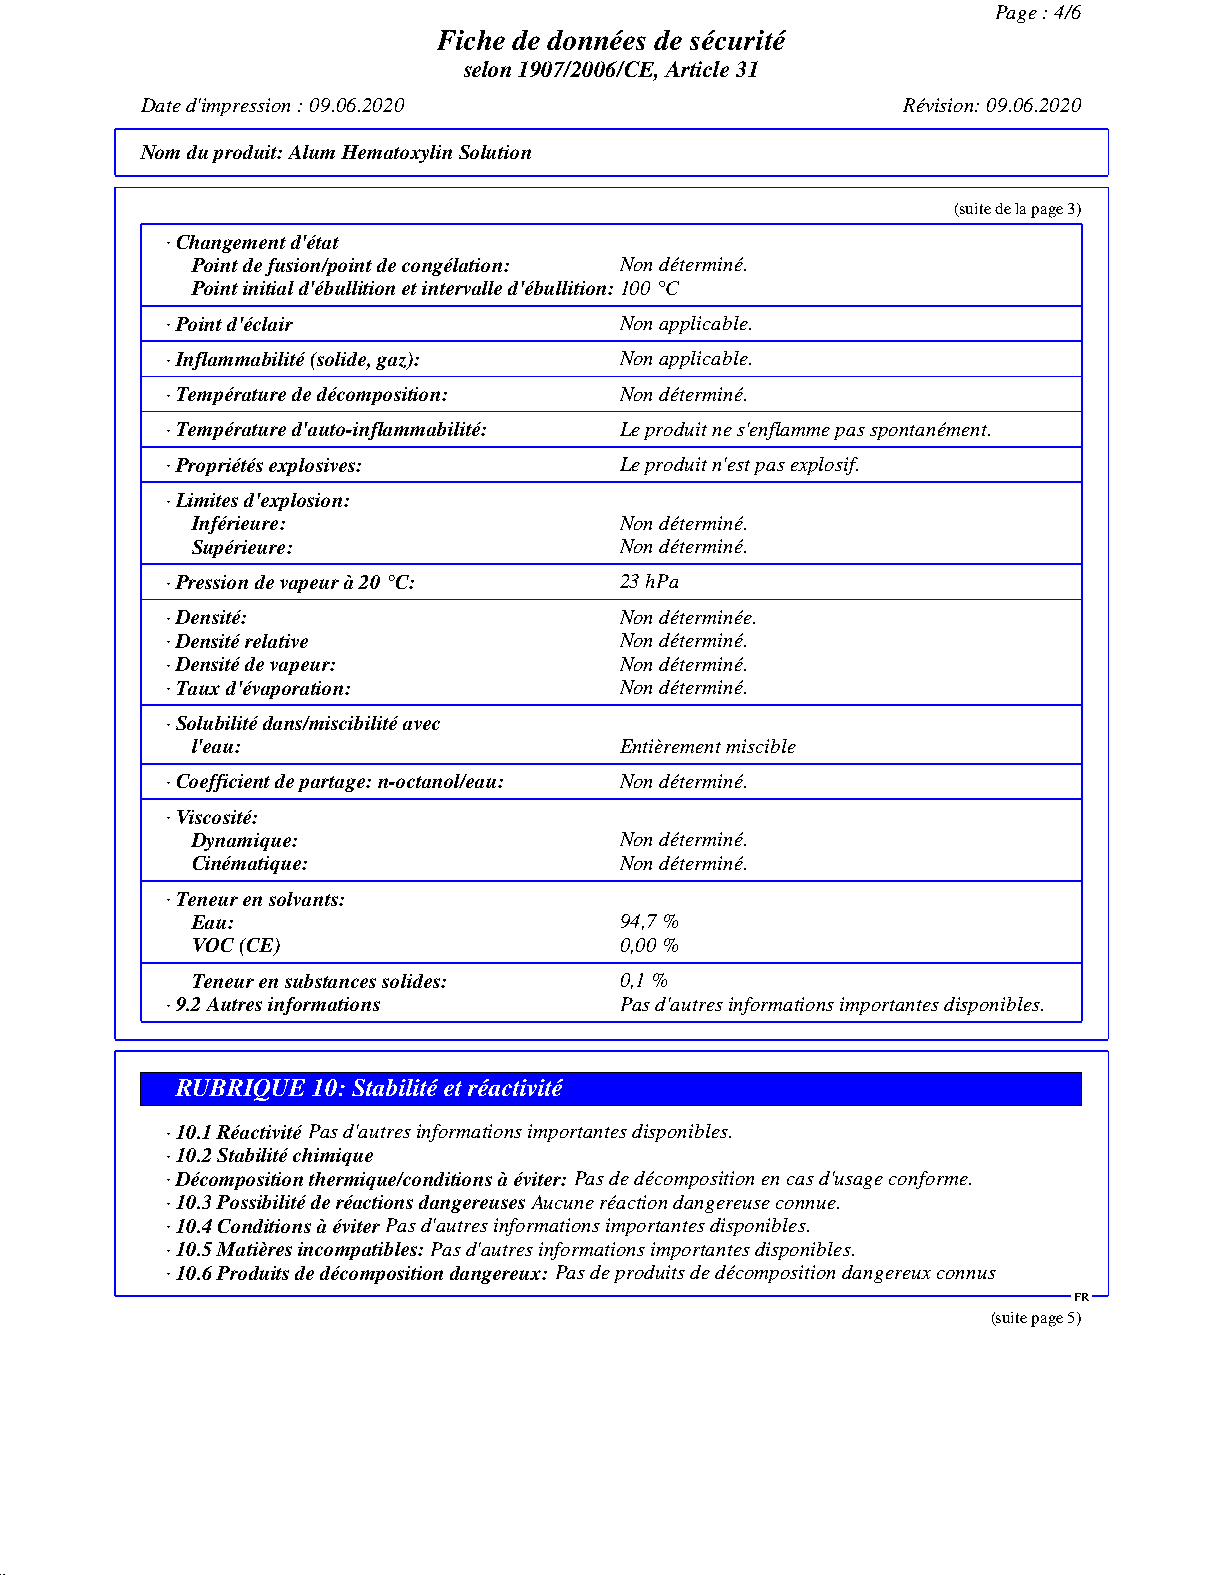
Page : 4/6
 Fiche de données de sécurité
 selon 1907/2006/CE, Article 31
 Date d'impression : 09.06.2020                     Révision: 09.06.2020
 Nom du produit:Alum Hematoxylin Solution
 (suite de la page 3)
 · Changement d'état
 Point de fusion/point de congélation: Non déterminé.
 Point initial d'ébullition et intervalle d'ébullition:100 °C
 · Point d'éclair              Non applicable.
 · Inflammabilité (solide, gaz): Non applicable.
 · Température de décomposition: Non déterminé.
 · Température d'auto-inflammabilité: Le produit ne s'enflamme pas spontanément.
 · Propriétés explosives:      Le produit n'est pas explosif.
 · Limites d'explosion:
 Inférieure:                 Non déterminé.
 Supérieure:                 Non déterminé.
 · Pression de vapeur à 20 °C: 23 hPa
 · Densité:                    Non déterminée.
 · Densité relative            Non déterminé.
 · Densité de vapeur:          Non déterminé.
 · Taux d'évaporation:         Non déterminé.
 · Solubilité dans/miscibilité avec
 l'eau:                      Entièrement miscible
 · Coefficient de partage: n-octanol/eau: Non déterminé.
 · Viscosité:
 Dynamique:                  Non déterminé.
 Cinématique:                Non déterminé.
 · Teneur en solvants:
 Eau:                        94,7 %
 VOC (CE)                    0,00 %
 Teneur en substances solides: 0,1 %
 · 9.2 Autres informations     Pas d'autres informations importantes disponibles.
 RUBRIQUE 10: Stabilité et réactivité
 · 10.1 RéactivitéPas d'autres informations importantes disponibles.
 · 10.2 Stabilité chimique
 · Décomposition thermique/conditions à éviter:Pas de décomposition en cas d'usage conforme.
 · 10.3 Possibilité de réactions dangereusesAucune réaction dangereuse connue.
 · 10.4 Conditions à éviterPas d'autres informations importantes disponibles.
 · 10.5 Matières incompatibles:Pas d'autres informations importantes disponibles.
 · 10.6 Produits de décomposition dangereux:Pas de produits de décomposition dangereux connus
 FR
 (suite page 5)
 51.0.2